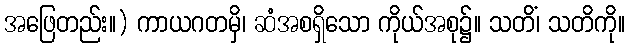
အဖြေတည်း။) ကာယဂတမှိ၊ ဆံအစရှိသော ကိုယ်အစု၌။ သတိံ၊ သတိကို။